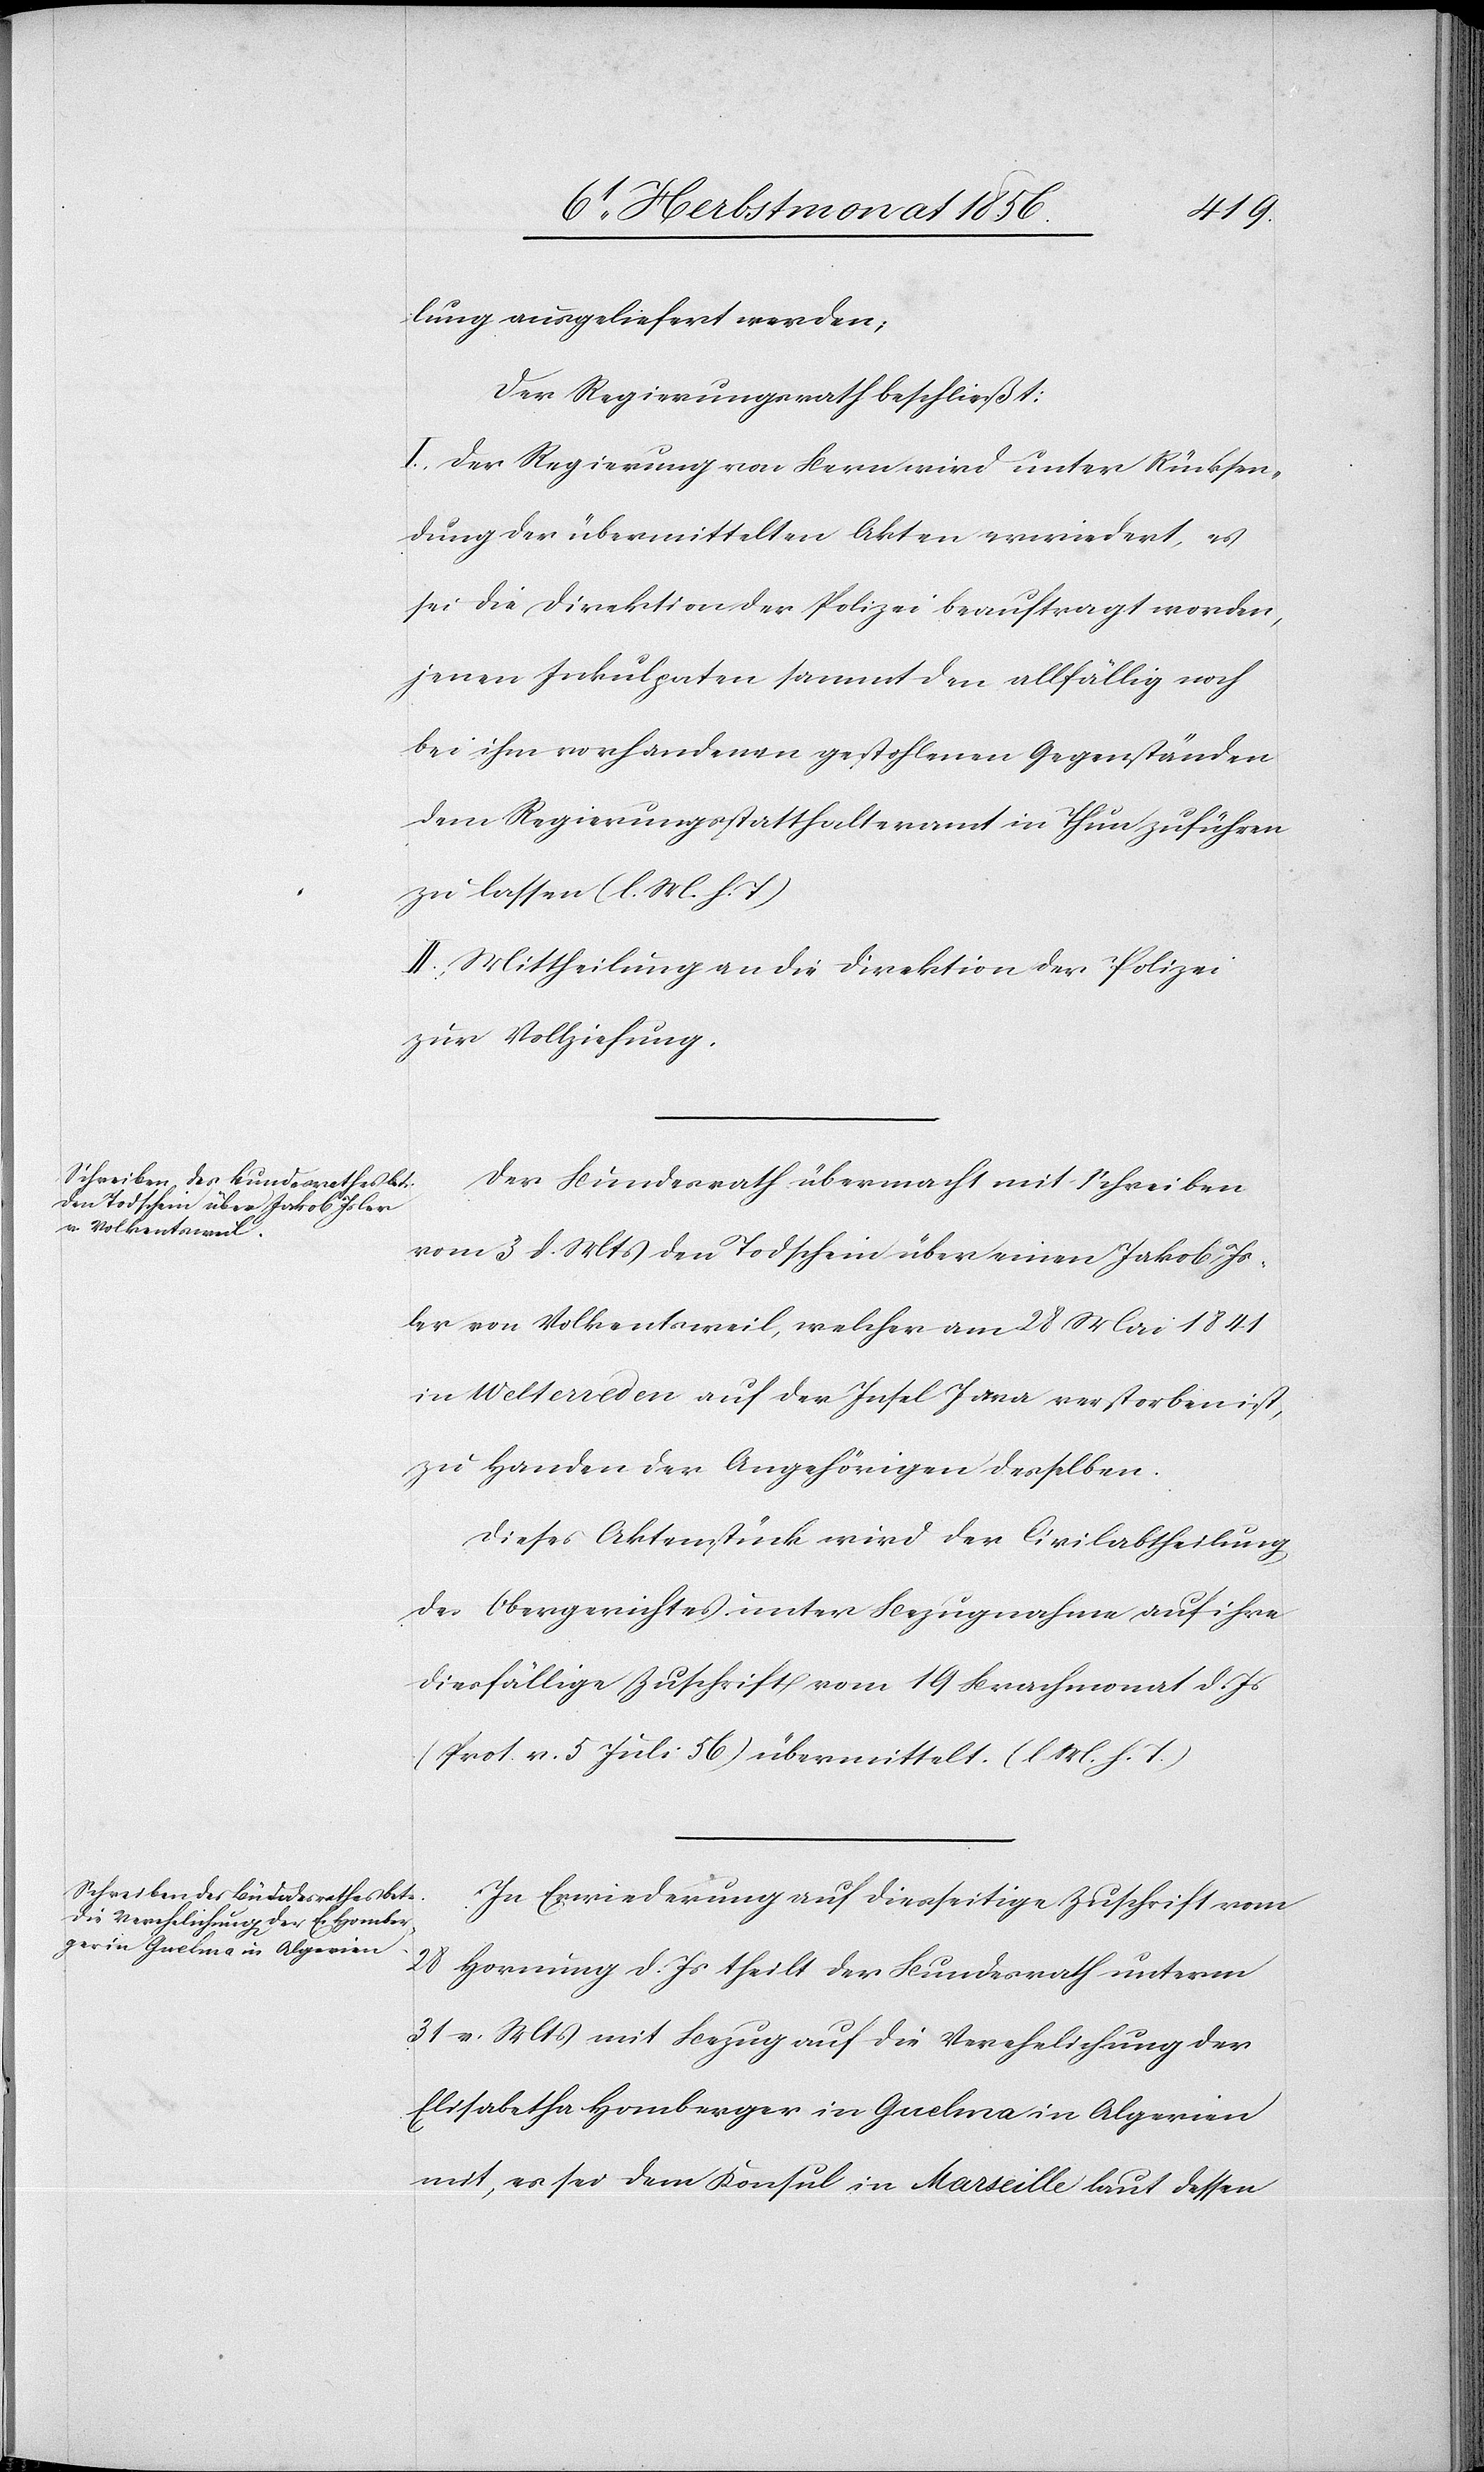
lung ausgeliefert werden;
Der Regierungsrath beschließt:
I.) Der Regierung von Bern wird unter Rücksen¬
dung der übermittelten Akten erwiedert, es
sei die Direktion der Polizei beauftragt worden,
jenen Inkulpaten sammt den allfällig noch
bei ihm vorhandenen gestohlenen Gegenständen
dem Regierungsstatthalteramt in Thun zuführen
zu lassen (l. M. h. T)
II.) Mittheilung an die Direktion der Polizei
zur Vollziehung.
Der Bundesrath übermacht mit Schreiben
vom 3 d. Mts den Todschein über einen Jakob Is¬
ler von Volkentsweil, welcher am 28 Mai 1841
in Welterreden auf der Insel Java verstorben ist,
zu Handen der Angehörigen desselben.
Dieses Aktenstück wird der Civilabtheilung
des Obergerichtes unter Bezugnahme auf ihre
diesfällige Zuschrift vom 19 Brachmonat d. Js
(Prot. v. 5 Juli 56) übermittelt. (l M. h. T.)
In Erwiederung auf diesseitige Zuschrift vom
28
Hornung d. Js theilt der Bundesrath unterm
31 v. Mts mit Bezug auf die Verehelichung der
Elisabetha Homberger in Guelma in Algerien
mit, es sei dem Konsul in Marseille laut dessen